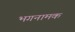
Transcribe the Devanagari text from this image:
भगनामक